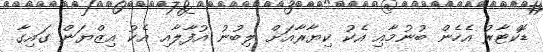
ޑޮކްޓާރު އެހެން ބުނުމާއި އެކު ކިޔާރާއަށް ލިބުނު އުފާލާއި އެކު އިޒްޔަން ގައިގާ